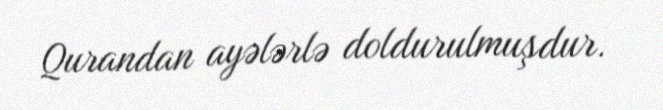
Qurandan ayələrlə doldurulmuşdur.